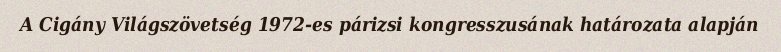
A Cigány Világszövetség 1972-es párizsi kongresszusának határozata alapján